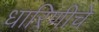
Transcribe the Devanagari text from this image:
धारिणीचे